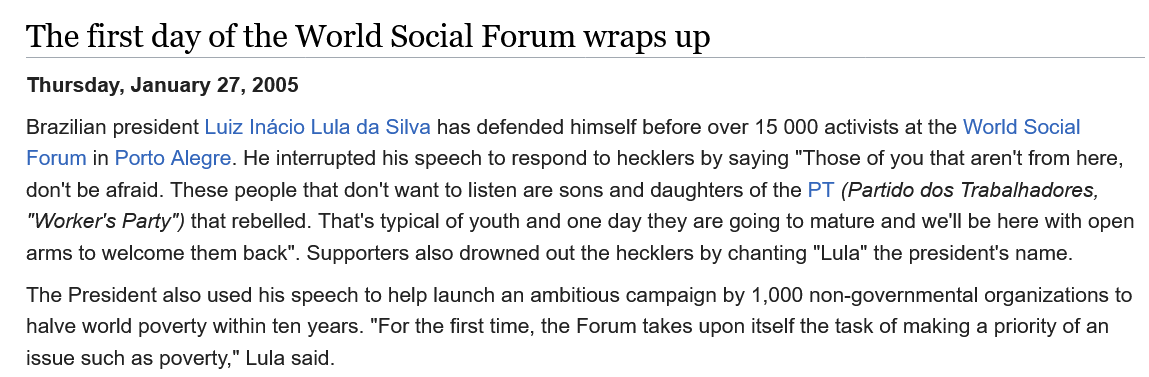
The first   day  of the  World    Social  Forum    wraps    up
   Thursday, January 27, 2005
   Brazilian president Luiz Inacio Lula da Silva has defended himself before over 15 000 activists at the World Social
   Forum in Porto Alegre. He interrupted his speech to respond to hecklers by saying "Those of you that aren't from here,
   don't be afraid. These people that don't want to listen are sons and daughters of the PT (Partido dos Trabalhadores,
   "Worker's Party") that rebelled. That's typical of youth and one day they are going to mature and we'll be here with open
   arms to welcome them back". Supporters also drowned out the hecklers by chanting "Lula" the president's name.
   The President also used his speech to help launch an ambitious campaign by 1,000 non-governmental organizations to
   halve world poverty within ten years. "For the first time, the Forum takes upon itself the task of making a priority of an
   issue such as poverty," Lula said.